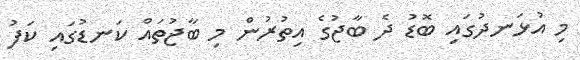
މި އުޅަނދުގައި ބޮޑު ދެ ބާޖުގެ އިތުރުން މި ބާޖުތައް ކަނޑުގައި ކަފު